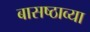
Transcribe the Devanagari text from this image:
बासष्ठाव्या